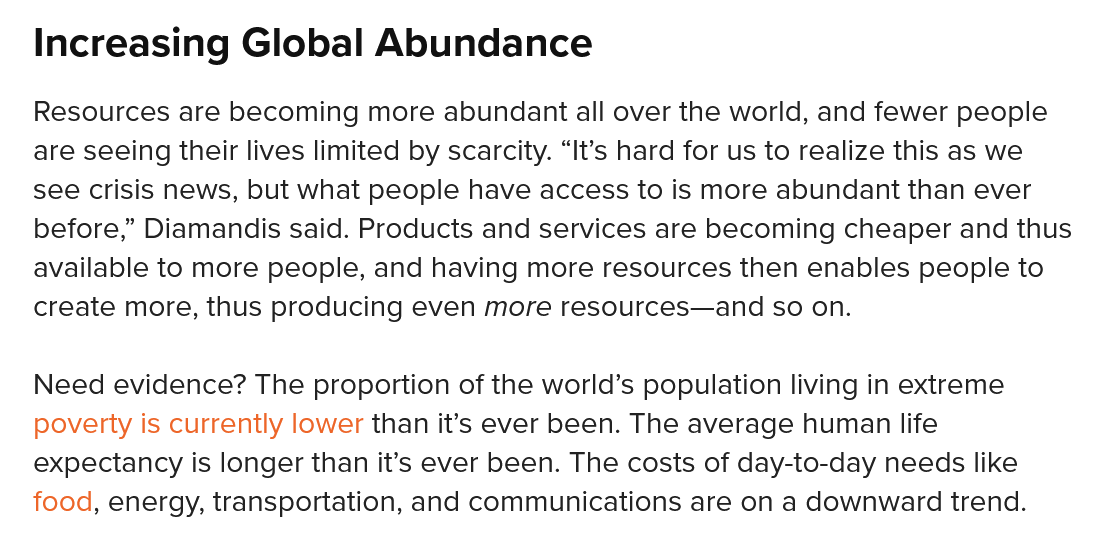
Increasing    Global   Abundance
   Resources are becoming more abundant all over the world, and fewer people
   are seeing their lives limited by scarcity. “It’s hard for us to realize this as we
   see crisis news, but what people have access to is more abundant than ever
   before,” Diamandis said. Products and services are becoming cheaper and thus
   available to more people, and having more resources then enables people to
   create more, thus producing even more resources—and so on.
   Need evidence? The proportion of the world’s population living in extreme
   poverty is currently lower than it’s ever been. The average human life
   expectancy is longer than it’s ever been. The costs of day-to-day needs like
   food, energy, transportation, and communications are on a downward trend.